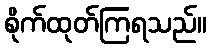
စိုက်ထုတ်ကြရသည်။